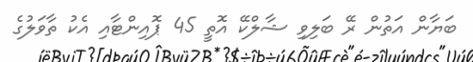
ބަޔާން އަތުން ރޭ ބަލިވި ޝާލްކޭ އޮތީ 45 ޕޮއިންޓާއި އެކު ތާވަލުގެ